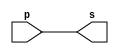
// -------------------------
// Exemplo0001 - buffer
// Nome: Pedro Henrique Alves M. de Carvalho
// -------------------------

// -------------------------
// -- buffer
// -------------------------
module buffer (output s, input p);
 assign s = p; // criar vinculo permanente
		// (dependencia)
endmodule // buffer

// -------------------------
// -- test buffer
// -------------------------
module testbuffer;
// ------------------------- dados locais
	reg a;	// definir registrador
				// (variavel independente)
	wire s;	// definir conexao (fio)
				// (variavel dependente )
// ------------------------- instancia
 buffer BF1 (s, a);
// ------------------------- preparacao
 initial begin:start
	a=0;
 end
// ------------------------- parte principal
 initial begin:main
			// execucao unitaria
	$display("Exemplo 0001 - Pedro Henrique A. M. de Carvalho - 427452");
	$display("Test buffer:");
	$display("\t time\ta = s");
			// execucao permanente
	$monitor("%d\t%b = %b", $time, a, s);
			// apos uma unidade de tempo
			// mudar valor do registrador para 0
 #1 a=1;
			// apos duas unidades de tempo
			// mudar valor do registrador para 1
 #2 a=0;
 end

endmodule // testbuffer